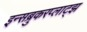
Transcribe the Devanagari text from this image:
इन्सब्रुकरप्लाट्झ